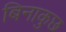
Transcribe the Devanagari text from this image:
बिनाकुछ